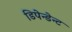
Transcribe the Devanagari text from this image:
डिपेन्डेन्ट